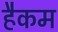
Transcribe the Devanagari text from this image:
हैकम